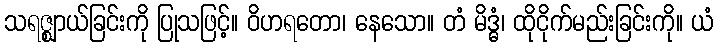
သရဇ္ဈာယ်ခြင်းကို ပြုသဖြင့်။ ဝိဟရတော၊ နေသော။ တံ မိဒ္ဓံ၊ ထိုငိုက်မည်းခြင်းကို။ ယံ